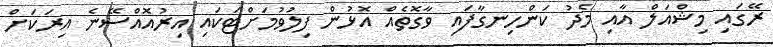
ރޭގައި މިޝްއަލް އާއި މެދު ކަންހިނގާފައި ވާގޮތެއް އޮޅުން ފިލުވުމަށްޓަކައި އިރުއޮއްސޭނެ އިރަކަށް